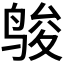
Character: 𱉿